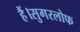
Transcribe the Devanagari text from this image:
हैं।सुगरलोफ